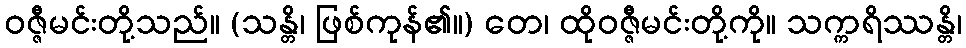
ဝဇ္ဇီမင်းတို့သည်။ (သန္တိ၊ ဖြစ်ကုန်၏။) တေ၊ ထိုဝဇ္ဇီမင်းတို့ကို။ သက္ကရိဿန္တိ၊